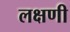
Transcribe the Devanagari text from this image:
लक्षणी